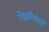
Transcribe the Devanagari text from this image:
गिड़गिड़ाएं